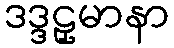
ဒဒ္ဒဠှမာနာ